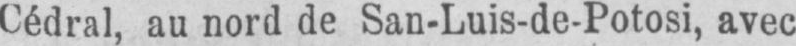
Cédral, au nord de San-Luis-de-Potosi, avec